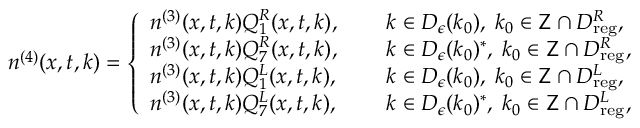
\begin{array} { r } { n ^ { ( 4 ) } ( x , t , k ) = \left\{ \begin{array} { l l } { n ^ { ( 3 ) } ( x , t , k ) Q _ { 1 } ^ { R } ( x , t , k ) , \quad \; } & { k \in D _ { \epsilon } ( k _ { 0 } ) , \; k _ { 0 } \in \mathsf { Z } \cap D _ { \mathrm { r e g } } ^ { R } , } \\ { n ^ { ( 3 ) } ( x , t , k ) Q _ { 7 } ^ { R } ( x , t , k ) , \quad } & { k \in D _ { \epsilon } ( k _ { 0 } ) ^ { * } , \; k _ { 0 } \in \mathsf { Z } \cap D _ { \mathrm { r e g } } ^ { R } , } \\ { n ^ { ( 3 ) } ( x , t , k ) Q _ { 1 } ^ { L } ( x , t , k ) , \quad } & { k \in D _ { \epsilon } ( k _ { 0 } ) , \; k _ { 0 } \in \mathsf { Z } \cap D _ { \mathrm { r e g } } ^ { L } , } \\ { n ^ { ( 3 ) } ( x , t , k ) Q _ { 7 } ^ { L } ( x , t , k ) , \quad } & { k \in D _ { \epsilon } ( k _ { 0 } ) ^ { * } , \; k _ { 0 } \in \mathsf { Z } \cap D _ { \mathrm { r e g } } ^ { L } , } \end{array} \right. } \end{array}